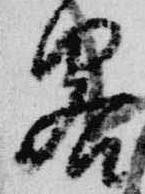
畧